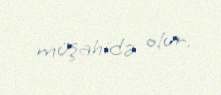
müşahidə olur.